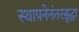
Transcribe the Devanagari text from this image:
स्थापनेनंतरसुद्धा